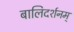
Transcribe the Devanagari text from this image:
बालिदर्शनम्